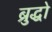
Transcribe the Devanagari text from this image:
ब्रुद्धो